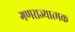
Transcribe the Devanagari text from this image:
गणराज्‍यात्‍मक